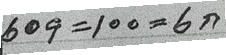
609 = 100 = 6ก